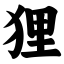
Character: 狸